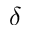
\delta